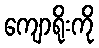
ကျောရိုးကို